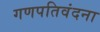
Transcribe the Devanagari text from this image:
गणपतिवंदना